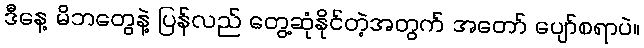
ဒီနေ့ မိဘတွေနဲ့ ပြန်လည် တွေ့ဆုံနိုင်တဲ့အတွက် အတော် ပျော်စရာပဲ။